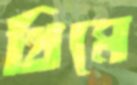
থিমে